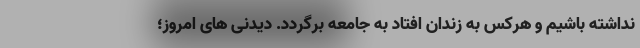
نداشته باشیم و هرکس به زندان افتاد به جامعه برگردد. دیدنی های امروز؛